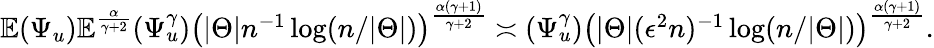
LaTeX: \begin{array}{r}{\mathbb{E}(\Psi_{u})\mathbb{E}^{\frac{\alpha}{\gamma+2}}(\Psi_{u}^{\gamma})\big(|\Theta|n^{-1}\log(n/|\Theta|)\big)^{\frac{\alpha(\gamma+1)}{\gamma+2}}\asymp(\Psi_{u}^{\gamma})\big(|\Theta|(\epsilon^{2}n)^{-1}\log(n/|\Theta|)\big)^{\frac{\alpha(\gamma+1)}{\gamma+2}}.}\end{array}